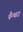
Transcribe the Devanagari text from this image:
पैन्थरा